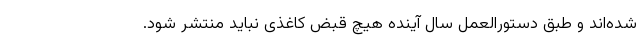
شده‌اند و طبق دستورالعمل سال آینده هیچ قبض کاغذی نباید منتشر شود.